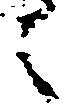
々